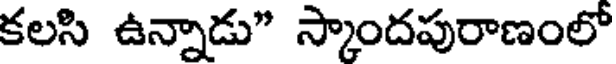
కలసి ఉన్నాడు" స్కాందపురాణంలో